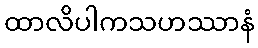
ထာလိပါကသဟဿာနံ